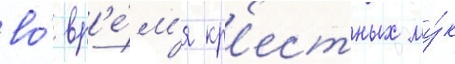
во́ вр'е́м'я кр'естных му́к